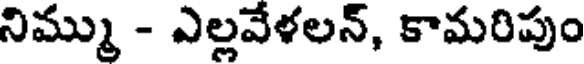
నిమ్ము - ఎల్లవేళలన్, కామరిపుం